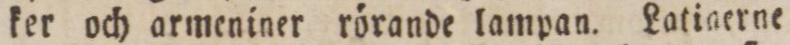
ker och armeniner rörande lampan. Latiaerne